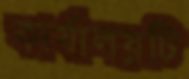
কার্যালয়টি